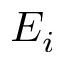
E _ { i }